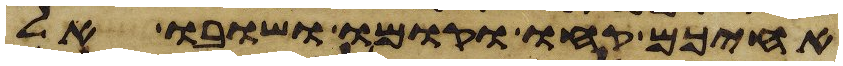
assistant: אחיכם קחו וקומו ושובו אל